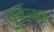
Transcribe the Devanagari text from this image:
दुर्बलतः